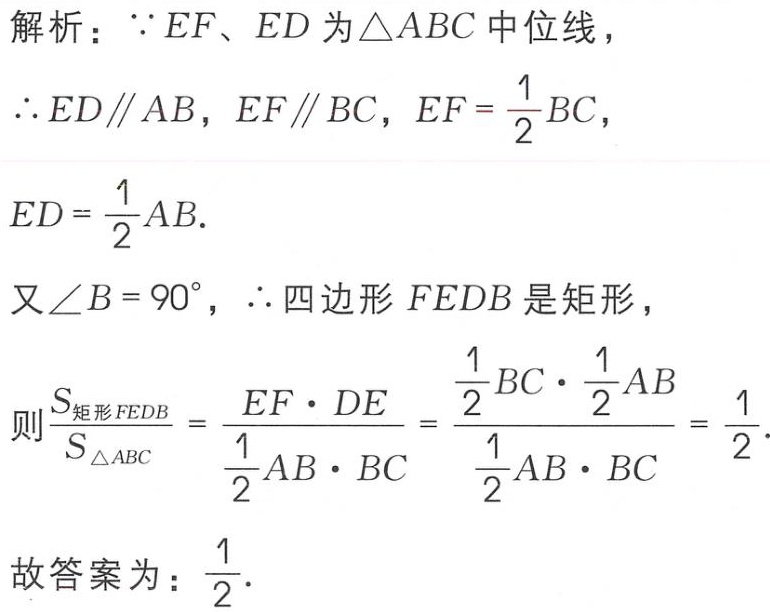
解析：$\because EF、ED$为$\triangle ABC$中位线，
$\therefore ED\parallel AB$，$EF\parallel BC$，$EF = \dfrac{1}{2}BC$，
$ED = \dfrac{1}{2}AB$.
又$\angle B = 90^{\circ}$，$\therefore$四边形$FEDB$是矩形，
则$\dfrac{S_{矩形FEDB}}{S_{\triangle ABC}} = \dfrac{EF\cdot DE}{\dfrac{1}{2}AB\cdot BC} = \dfrac{\dfrac{1}{2}BC\cdot \dfrac{1}{2}AB}{\dfrac{1}{2}AB\cdot BC} = \dfrac{1}{2}$.
故答案为：$\dfrac{1}{2}$.